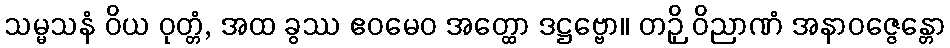
သမ္မသနံ ဝိယ ဝုတ္တံ, အထ ခွဿ ဧဝမေဝ အတ္ထော ဒဋ္ဌဗ္ဗော။ တဉှိ ဝိညာဏံ အနာဝဇ္ဇေန္တော